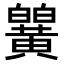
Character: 𬹒